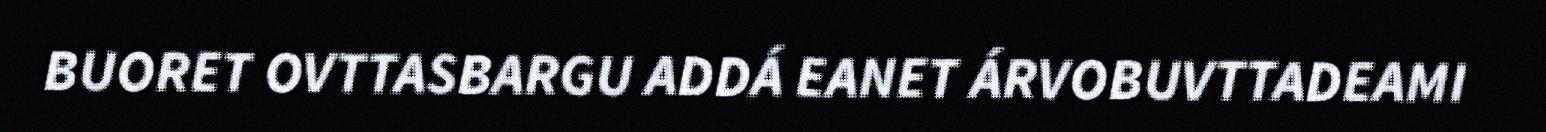
BUORET OVTTASBARGU ADDÁ EANET ÁRVOBUVTTADEAMI